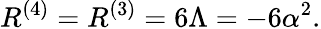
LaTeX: R^{(4)}=R^{(3)}=6\Lambda=-6\alpha^{2}.